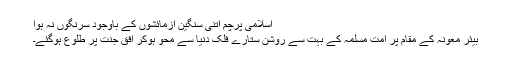
اسلامی پرچم اتنی سنگین آزمائشوں کے باوجود سرنگوں نہ ہوا
بیئر معونہ کے مقام پر امتِ مسلمہ کے بہت سے روشن ستارے فلکِ دنیا سے محو ہوکر افقِ جنت پر طلوع ہوگئے۔